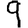
Digit: 9